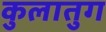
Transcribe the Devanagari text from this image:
कुलातुग